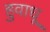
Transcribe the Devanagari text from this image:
हुवाधू